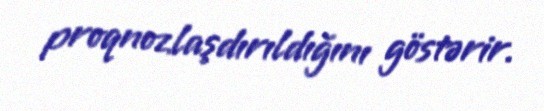
proqnozlaşdırıldığını göstərir.